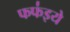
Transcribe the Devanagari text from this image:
फफ॑इये